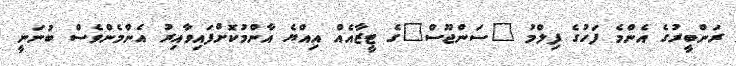
ރަންބީރުގެ އެންމެ ފަހުގެ ފިލްމު "ސަންޖޫސް"ގެ ޓީޒާއެއް އިއްޔެ އާންމުކޮށްފައިވާއިރު އެންމެންވެސް ބުނަނީ